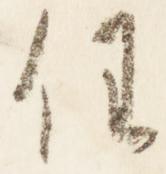
任